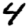
Digit: 4